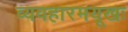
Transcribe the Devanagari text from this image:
व्यवहारमयूखः